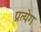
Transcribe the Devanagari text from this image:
प्रत्येग